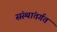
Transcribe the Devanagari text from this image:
संस्थांतर्गत